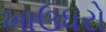
ખાઉધરો